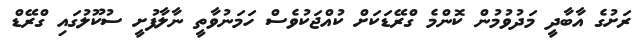
ރަށުގެ އާބާދީ މަދުވުމުން ކޮންމެ ގްރޭޑަކަށް ކުއްޖަކުވެސް ހަމަނުވާތީ ނާލާފުށީ ސުކޫލުގައި ގްރޭޑް